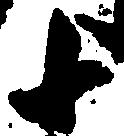
十